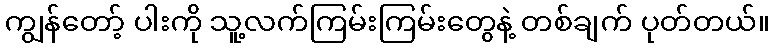
ကျွန်တော့် ပါးကို သူ့လက်ကြမ်းကြမ်းတွေနဲ့ တစ်ချက် ပုတ်တယ်။